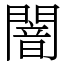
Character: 闇